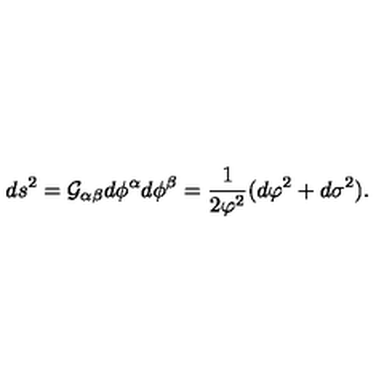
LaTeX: d s ^ { 2 } = { \cal G } _ { \alpha \beta } d \phi ^ { \alpha } d \phi ^ { \beta } = \frac { 1 } { 2 \varphi ^ { 2 } } ( d \varphi ^ { 2 } + d \sigma ^ { 2 } ) .